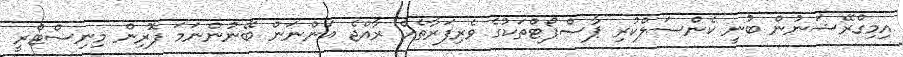
އިމިގްރޭޝަނުން ބުނީ ކެންސަލްކުރި ޕާސްޕޯޓްތަކުގެ ވެރިފަރާތެއް ރާއްޖެ އަންނަން ބޭނުންނަމަ ފޮރިން މިނިސްޓްރީ